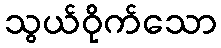
သွယ်ဝိုက်သော